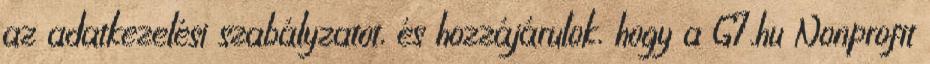
az adatkezelési szabályzatot, és hozzájárulok, hogy a G7.hu Nonprofit